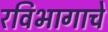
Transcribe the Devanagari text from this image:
रविभागाचे